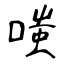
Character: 嗤